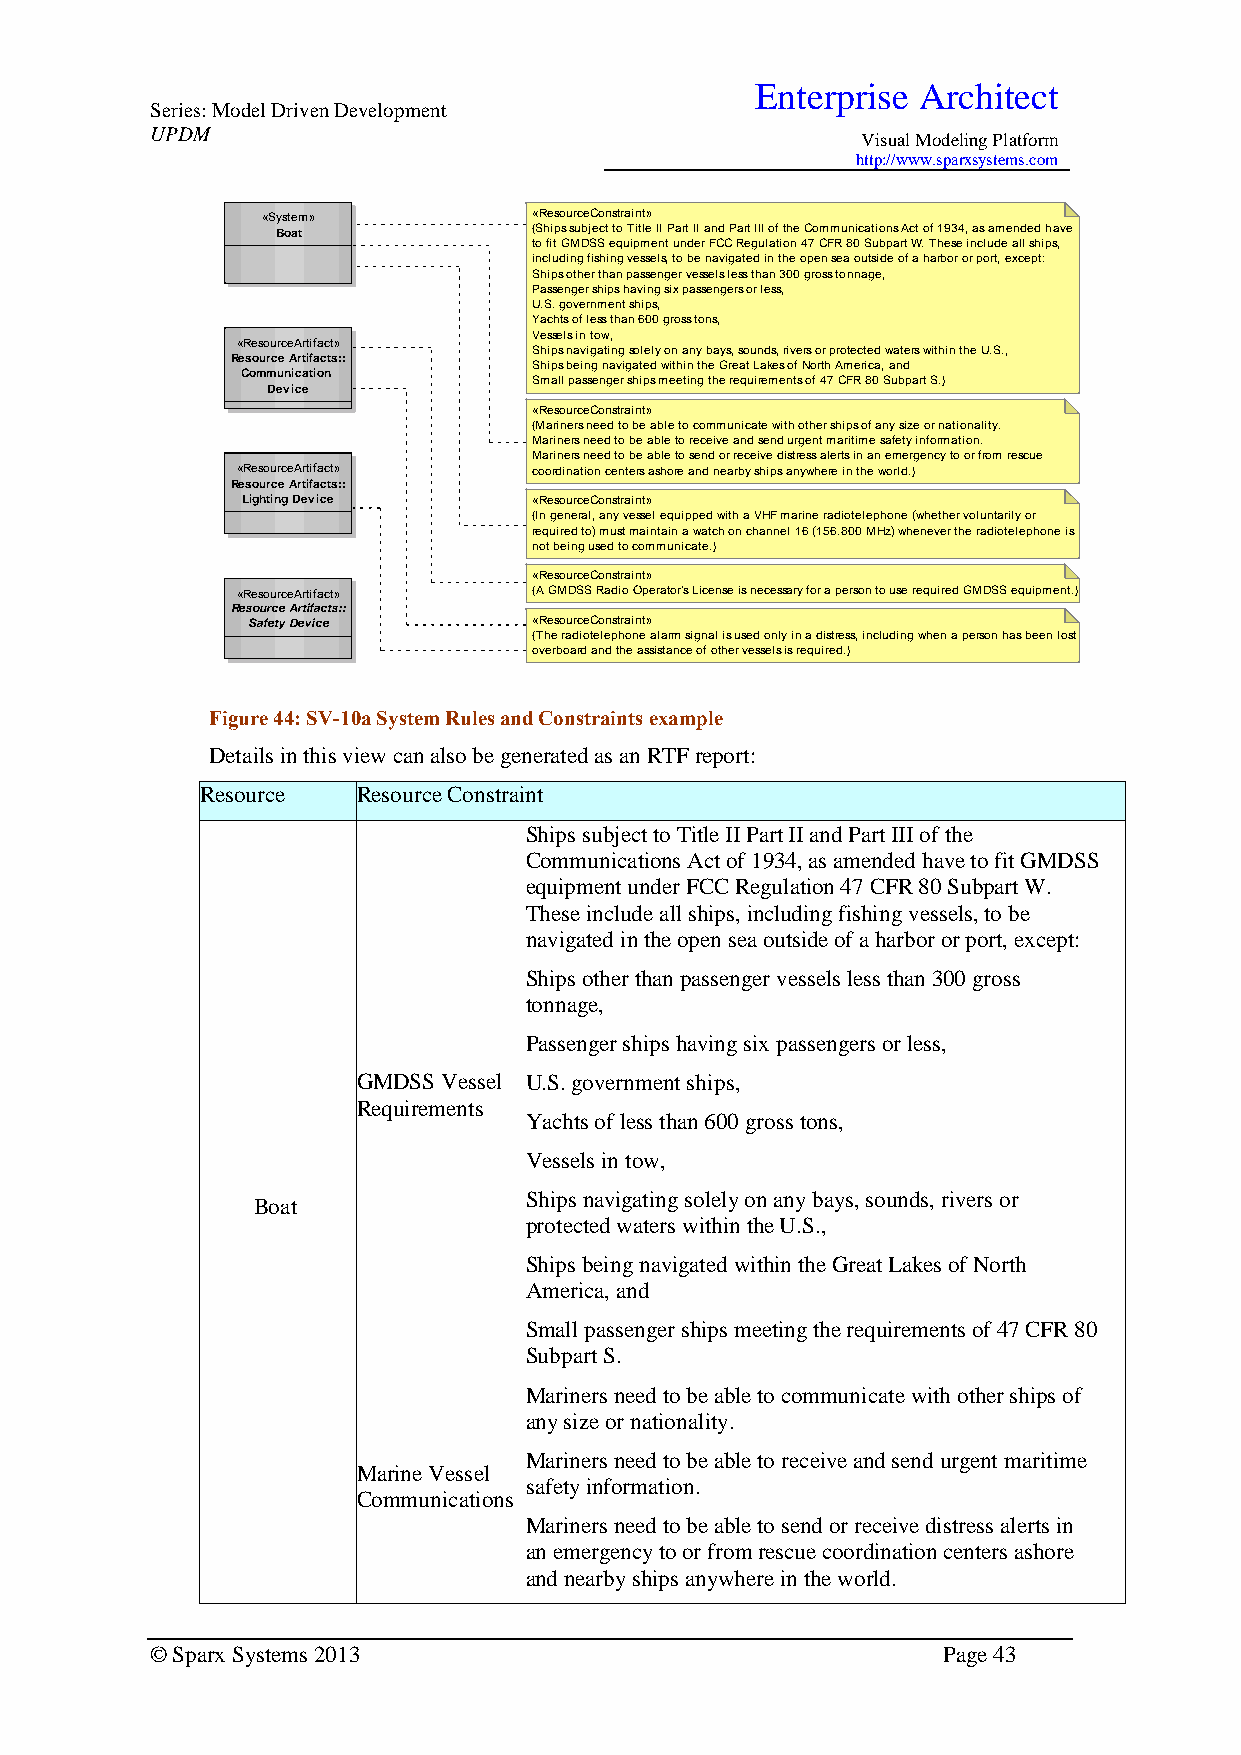
Enterprise Architect
 Series: Model Driven Development
 UPDM
 Visual Modeling Platform
 http://www.sparxsystems.com
 «System»          «ResourceConstraint»
 Boat             {Ships subject to Title II Part II and Part III of the Communications Act of 1934, as amended have
 to fit GMDSS equipment under FCC Regulation 47 CFR 80 Subpart W. These include all ships,
 including fishing vessels, to be navigated in the open sea outside of a harbor or port, except:
 Ships other than passenger vessels less than 300 gross tonnage,
 Passenger ships having six passengers or less,
 U.S. government ships,
 Yachts of less than 600 gross tons,
 Vessels in tow,
 «ResourceArtifact»
 Ships navigating solely on any bays, sounds, rivers or protected waters within the U.S.,
 Resource Artifacts::
 Ships being navigated within the Great Lakes of North America, and
 Communication
 Small passenger ships meeting the requirements of 47 CFR 80 Subpart S.}
 Device
 «ResourceConstraint»
 {Mariners need to be able to communicate with other ships of any size or nationality.
 Mariners need to be able to receive and send urgent maritime safety information.
 Mariners need to be able to send or receive distress alerts in an emergency to or from rescue
 «ResourceArtifact» coordination centers ashore and nearby ships anywhere in the world.}
 Resource Artifacts::
 Lighting Device    «ResourceConstraint»
 {In general, any vessel equipped with a VHF marine radiotelephone (whether voluntarily or
 required to) must maintain a watch on channel 16 (156.800 MHz) whenever the radiotelephone is
 not being used to communicate.}
 «ResourceConstraint»
 «ResourceArtifact» {A GMDSS Radio Operator's License is necessary for a person to use required GMDSS equipment.}
 Resource Artifacts::
 Safety Device      «ResourceConstraint»
 {The radiotelephone alarm signal is used only in a distress, including when a person has been lost
 overboard and the assistance of other vessels is required.}
 Figure 44: SV-10a System Rules and Constraints example
 Details in this view can also be generated as an RTF report:
 Resource   Resource Constraint
 Ships subject to Title II Part II and Part III of the
 Communications Act of 1934, as amended have to fit GMDSS
 equipment under FCC Regulation 47 CFR 80 Subpart W.
 These include all ships, including fishing vessels, to be
 navigated in the open sea outside of a harbor or port, except:
 Ships other than passenger vessels less than 300 gross
 tonnage,
 Passenger ships having six passengers or less,
 GMDSS Vessel U.S. government ships,
 Requirements
 Yachts of less than 600 gross tons,
 Vessels in tow,
 Ships navigating solely on any bays, sounds, rivers or
 Boat
 protected waters within the U.S.,
 Ships being navigated within the Great Lakes of North
 America, and
 Small passenger ships meeting the requirements of 47 CFR 80
 Subpart S.
 Mariners need to be able to communicate with other ships of
 any size or nationality.
 Mariners need to be able to receive and send urgent maritime
 Marine Vessel
 safety information.
 Communications
 Mariners need to be able to send or receive distress alerts in
 an emergency to or from rescue coordination centers ashore
 and nearby ships anywhere in the world.
 © Sparx Systems 2013                                Page 43